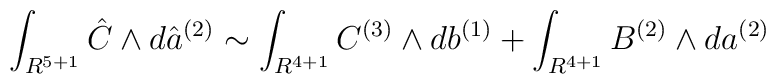
\int_{R^{5+1}}{\hat C}\wedge d{\hat a}^{(2)} \sim \int_{R^{4+1}}C^{(3)}\wedge db^{(1)}+\int_{R^{4+1}}B^{(2)}\wedge da^{(2)}